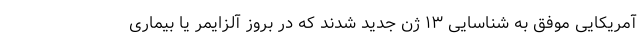
آمریکایی موفق به شناسایی ۱۳ ژن جدید شدند که در بروز آلزایمر یا بیماری